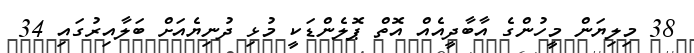
38 މިލިޔަން މީހުންގެ އާބާދީއެއް އޮތް ޕޮލެންޑަކީ މުޅި ދުނިޔެއަށް ބަލާއިރުގައި 34